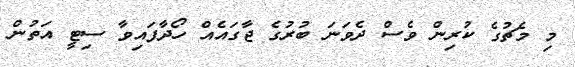
މި މެޗުގެ ކުރިން ވެސް ދެވަނަ ބުރުގެ ޖާގައެއް ހޯދާފައިވާ ސިޓީ އަތުން